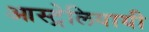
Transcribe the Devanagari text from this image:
आस्ट्रेलियायी